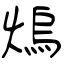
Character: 熓